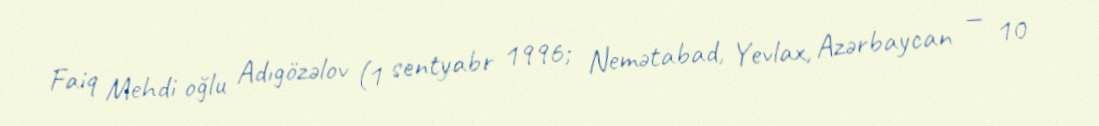
Faiq Mehdi oğlu Adıgözəlov (1 sentyabr 1996; Nemətabad, Yevlax, Azərbaycan — 10